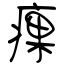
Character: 㾧